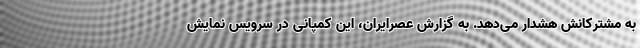
به مشترکانش هشدار می‌دهد. به گزارش عصرایران، این کمپانی در سرویس نمایش